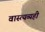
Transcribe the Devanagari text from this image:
वास्त्यव्यही